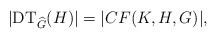
\begin{align*}\vert \mathrm{DT}_{\widehat{G}}(H)\vert = \vert CF(K, H, G)\vert,\end{align*}